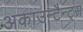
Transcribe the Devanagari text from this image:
अकाउन्टैन्ट्स